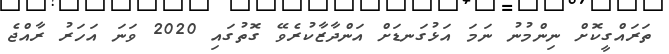
ތަރައްގީކޮށް ނިންމުނު ނަމަ އަޅުގަނޑަށް އަންދާޒާކުރެވޭ ގޮތުގައި 2020 ވަނަ އަހަރު ރާއްޖެ